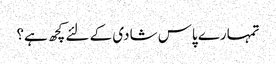
تمہارے پاس شادی کے لئے کچھ ہے؟